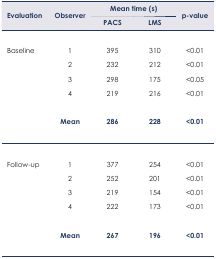
<table><thead><tr><td rowspan="2"><b>Evaluation</b></td><td rowspan="2"><b>Observer</b></td><td colspan="2"><b>Mean time (s)</b></td><td rowspan="2"><b>p-value</b></td></tr><tr><td><b>PACS</b></td><td><b>LMS</b></td></tr></thead><tbody><tr><td>Baseline</td><td>1</td><td>395</td><td>310</td><td>&lt;0.01</td></tr><tr><td></td><td>2</td><td>232</td><td>212</td><td>&lt;0.01</td></tr><tr><td></td><td>3</td><td>298</td><td>175</td><td>&lt;0.05</td></tr><tr><td></td><td>4</td><td>219</td><td>216</td><td>&lt;0.01</td></tr><tr><td></td><td><b>Mean</b></td><td><b>286</b></td><td><b>228</b></td><td><b>&lt;0.01</b></td></tr><tr><td>Follow-up</td><td>1</td><td>377</td><td>254</td><td>&lt;0.01</td></tr><tr><td></td><td>2</td><td>252</td><td>201</td><td>&lt;0.01</td></tr><tr><td></td><td>3</td><td>219</td><td>154</td><td>&lt;0.01</td></tr><tr><td></td><td>4</td><td>222</td><td>173</td><td>&lt;0.01</td></tr><tr><td></td><td><b>Mean</b></td><td><b>267</b></td><td><b>196</b></td><td><b>&lt;0.01</b></td></tr></tbody></table>